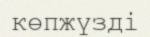
көпжүзді